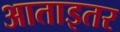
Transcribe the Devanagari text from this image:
आताइतर